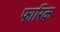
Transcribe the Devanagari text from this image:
फारिक